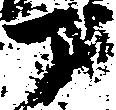
丁